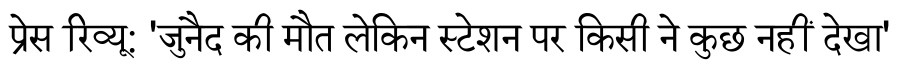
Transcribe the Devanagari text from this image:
प्रेस रिव्यू: 'जुनैद की मौत लेकिन स्टेशन पर किसी ने कुछ नहीं देखा'